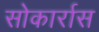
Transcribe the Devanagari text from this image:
सोकार्रास